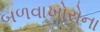
બળવાખોરોના